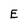
Character: E